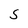
Character: S